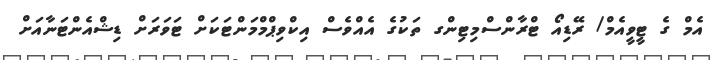
އެމް ގެ ޓީވީއެމް/ ރޭޑިއޯ ޓްރާންސްމިޓިންގ ތަކުގެ އެއްވެސް އިކްވިޕްމްމަންޓަކަށް ޓަވަރަށް ޑިޝްއެންޓަނާއަށް